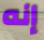
إنه